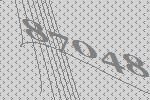
87048